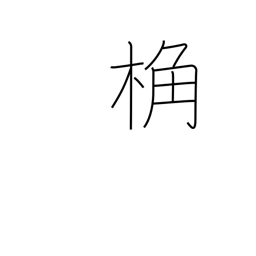
Meaning: rafter